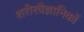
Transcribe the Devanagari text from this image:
शरीरवैज्ञानिकों